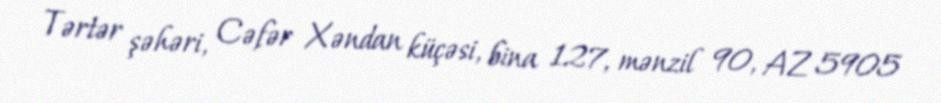
Tərtər şəhəri, Cəfər Xəndan küçəsi, bina 127, mənzil 90, AZ 5905